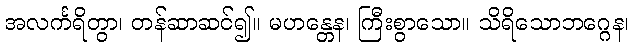
အလင်္ကရိတွာ၊ တန်ဆာဆင်၍။ မဟန္တေန၊ ကြီးစွာသော။ သိရိသောဘဂ္ဂေန၊